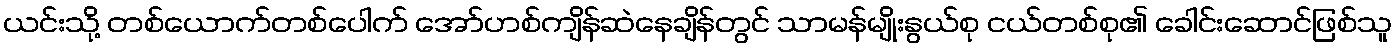
ယင်းသို့ တစ်ယောက်တစ်ပေါက် အော်ဟစ်ကျိန်ဆဲနေချိန်တွင် သာမန်မျိုးနွယ်စု ငယ်တစ်စု၏ ခေါင်းဆောင်ဖြစ်သူ